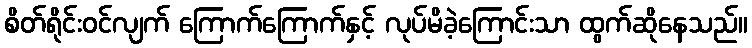
စိတ်ရိုင်းဝင်လျက် ကြောက်ကြောက်နှင့် လုပ်မိခဲ့ကြောင်းသာ ထွက်ဆိုနေသည်။